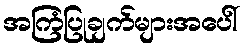
အကြံပြုချက်များအပေါ်